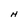
Character: H